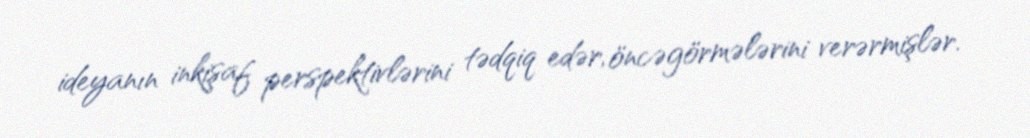
ideyanın inkişaf perspektivlərini tədqiq edər, öncəgörmələrini verərmişlər.